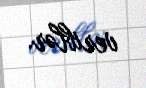
veriblər.